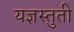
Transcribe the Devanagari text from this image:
यज्ञस्तुती